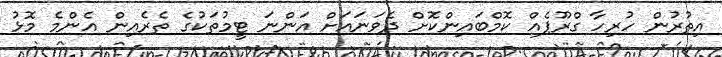
އިތުރުން ހުރިހާ ގްރޫޕެއް ކޮމްބައިންކޮށް ދެވަނައަށް އަންނަ ޓީމުތަކުގެ ތެރެއިން އެންމެ މޮޅު